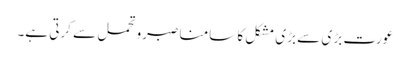
عورت بڑ ی سے بڑی مشکل کا سامنا صبرو تحمل سے کرتی ہے۔